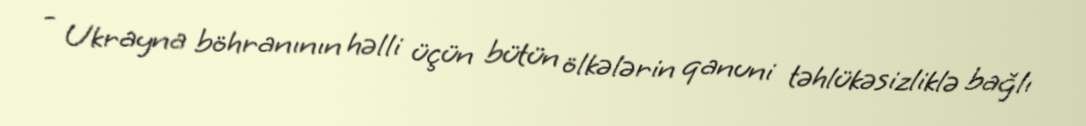
- Ukrayna böhranının həlli üçün bütün ölkələrin qanuni təhlükəsizliklə bağlı